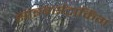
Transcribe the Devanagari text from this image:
साइबर्सटाकिंग